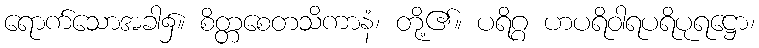
ရောက်သောအခါ၌။ စိတ္တစေတသိကာနံ၊ တို့၏။ ပရိဂ္ဂ ဟပရိဝါရပရိပုရဋ္ဌော၊